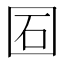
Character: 𡇈